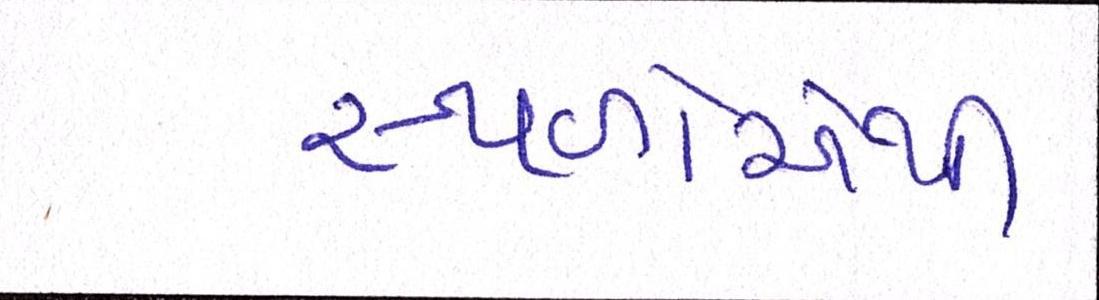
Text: સ્થળોએથી